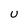
Character: U